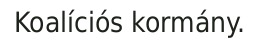
Koalíciós kormány.